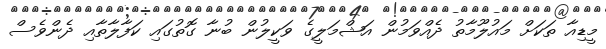
މީޑިއާ ތަކަށް މައުލޫމާތު ދެއްވަމުން އަޝްމަލީގެ ވަކީލުން ބުނާ ގޮތުގައި ކަފާލާތާއި ދެންވެސް